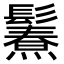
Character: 𩯥